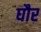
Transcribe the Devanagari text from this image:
घौर